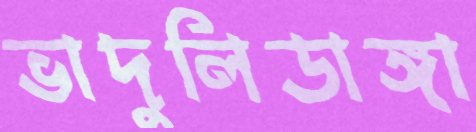
ভাদুলিডাঙ্গা